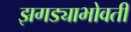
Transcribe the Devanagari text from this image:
झगड्याभोवती